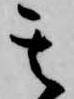
其